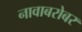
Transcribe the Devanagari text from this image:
नावाबरोबर